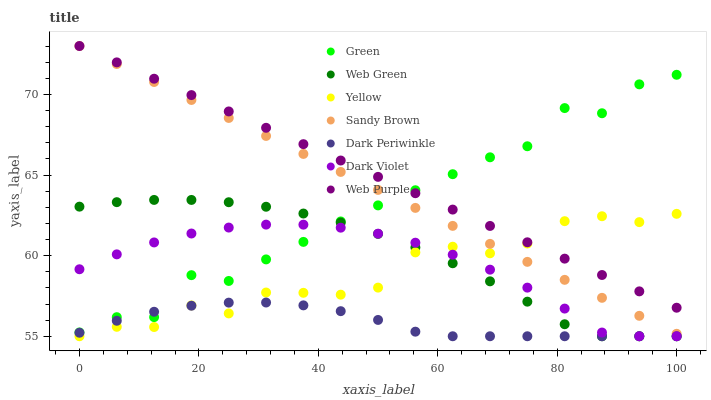
| xaxis_label | Green | Web Green | Yellow | Sandy Brown | Dark Periwinkle | Dark Violet | Web Purple |
 | --- | --- | --- | --- | --- | --- | --- | --- |
 | 0 | 55.2 | 63 | 55 | 73 | 55.2 | 59.2 | 73 |
 | 6.25 | 56.2 | 63.3 | 55.6 | 71.9 | 56 | 60.1 | 72 |
 | 12.5 | 56.2 | 63.5 | 55.6 | 70.8 | 56.5 | 60.8 | 71 |
 | 18.8 | 58.8 | 63.5 | 56.9 | 69.7 | 56.9 | 61.4 | 70 |
 | 25 | 58.4 | 63.3 | 56.4 | 68.5 | 57.1 | 61.7 | 68.9 |
 | 31.2 | 59.8 | 63 | 57.7 | 67.4 | 57.1 | 61.9 | 67.9 |
 | 37.5 | 60.9 | 62.6 | 57.7 | 66.3 | 56.9 | 61.9 | 66.9 |
 | 43.8 | 62.1 | 62 | 57.6 | 65.2 | 56.6 | 61.7 | 65.9 |
 | 50 | 63.1 | 61.3 | 58 | 64.1 | 56 | 61.4 | 64.9 |
 | 56.2 | 64.1 | 60.5 | 60.2 | 63 | 55.3 | 60.8 | 63.9 |
 | 62.5 | 65.1 | 59.5 | 60.6 | 61.8 | 55 | 60.1 | 62.9 |
 | 68.8 | 66.1 | 58.4 | 60.1 | 60.7 | 55 | 59.1 | 61.8 |
 | 75 | 66.8 | 57.1 | 60.8 | 59.6 | 55 | 58 | 60.8 |
 | 81.2 | 69.2 | 55.7 | 62.1 | 58.5 | 55 | 56.7 | 59.8 |
 | 87.5 | 68.8 | 55 | 62.4 | 57.4 | 55 | 55.2 | 58.8 |
 | 93.8 | 70.6 | 55 | 62.1 | 56.3 | 55 | 55 | 57.8 |
 | 100 | 71.2 | 55 | 62.6 | 55.2 | 55 | 55 | 56.8 |